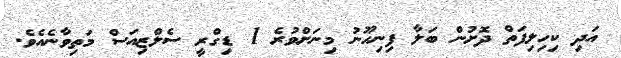
އަދި ކިހިލިފަތް ދޮށުން ބަލާ ފިނިހޫނު މިނަށްވުރެ 1 ޑިގްރީ ސެލްޒިއަސް މަތިވާނެއެވެ.